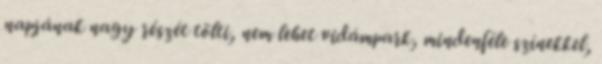
napjának nagy részét tölti, nem lehet vidámpark, mindenféle színekkel,